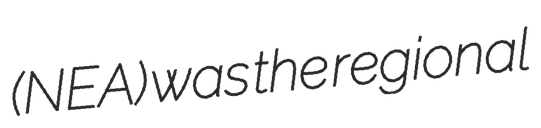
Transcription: (NEA) was the regional